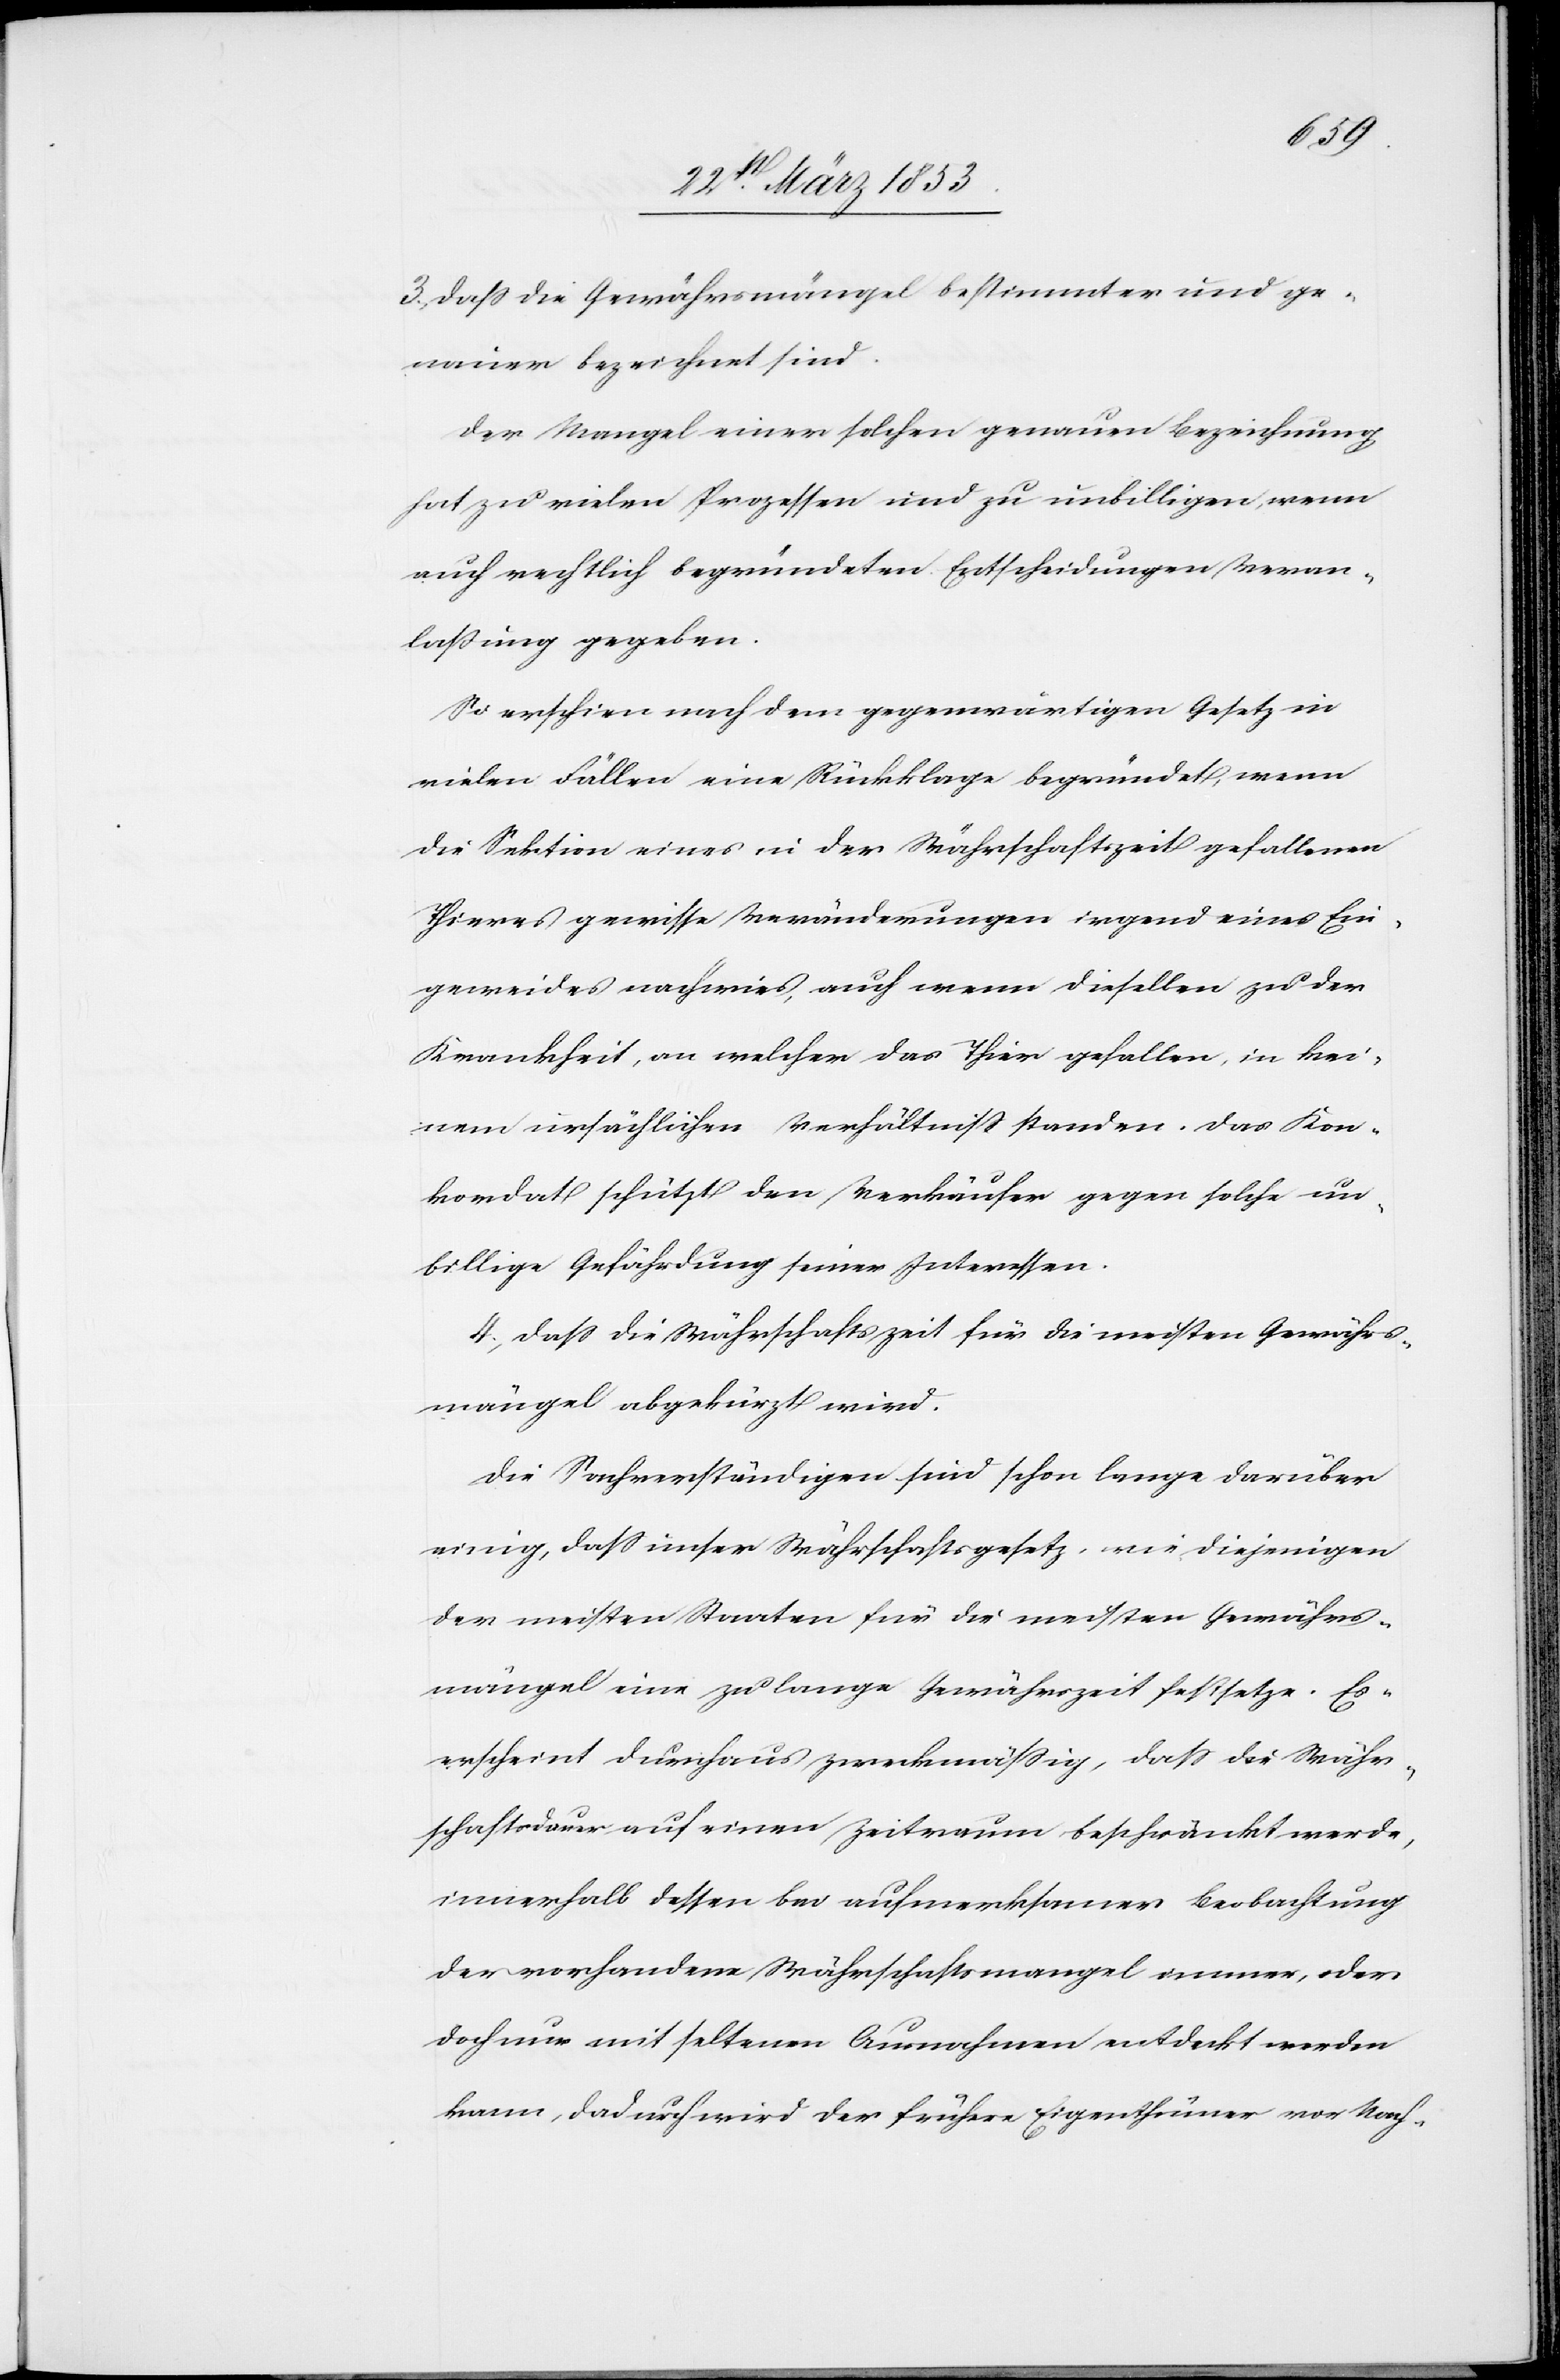
3, Daß die Gewährsmängel bestimmter und ge¬
nauer bezeichnet sind.
Der Mangel einer solchen genauen Bezeichnung
hat zu vielen Prozessen und zu unbilligen, wenn
auch rechtlich begründeten Entscheidungen Veran¬
laßung gegeben.
So erschien nach dem gegenwärtigen Gesetz in
vielen Fällen eine Rücklage begründet, wenn
die Sektion eines in der Währschaftszeit gefallenen
Thieres gewissen Veränderungen irgend eines Ein¬
geweides nachwies, auch wenn dieselben zu der
Krankheit, an welcher das Thier gefallen, in kei¬
nem ursächlichen Verhältniß standen. Das Kon¬
kordat schützt den Verkäufer gegen solche un¬
billige Gefährdung seiner Interessen.
4, Daß die Währschaftszeit für die meisten Gewährs¬
mangel abgekürzt wird.
Die Sachverständigen sind schon lange darüber
einig, daß unser Währschaftsgesetz, wie diejenigen
der meisten Staaten für die meisten Gewährs¬
mängel eine zu lange Gewährszeit festsetze. Es
erscheint durchaus zweckmäßig, daß die Währ¬
schaftsdauer auf einen Zeitraum beschränkt werde,
innerhalb dessen bei aufmerksamer Beobachtung
der vorhandene Währschaftsmangel immer, oder
doch nur mit seltenen Ausnahmen entdeckt werden
kann, dadurch wird der frühere Eigenthümer vor Nach-